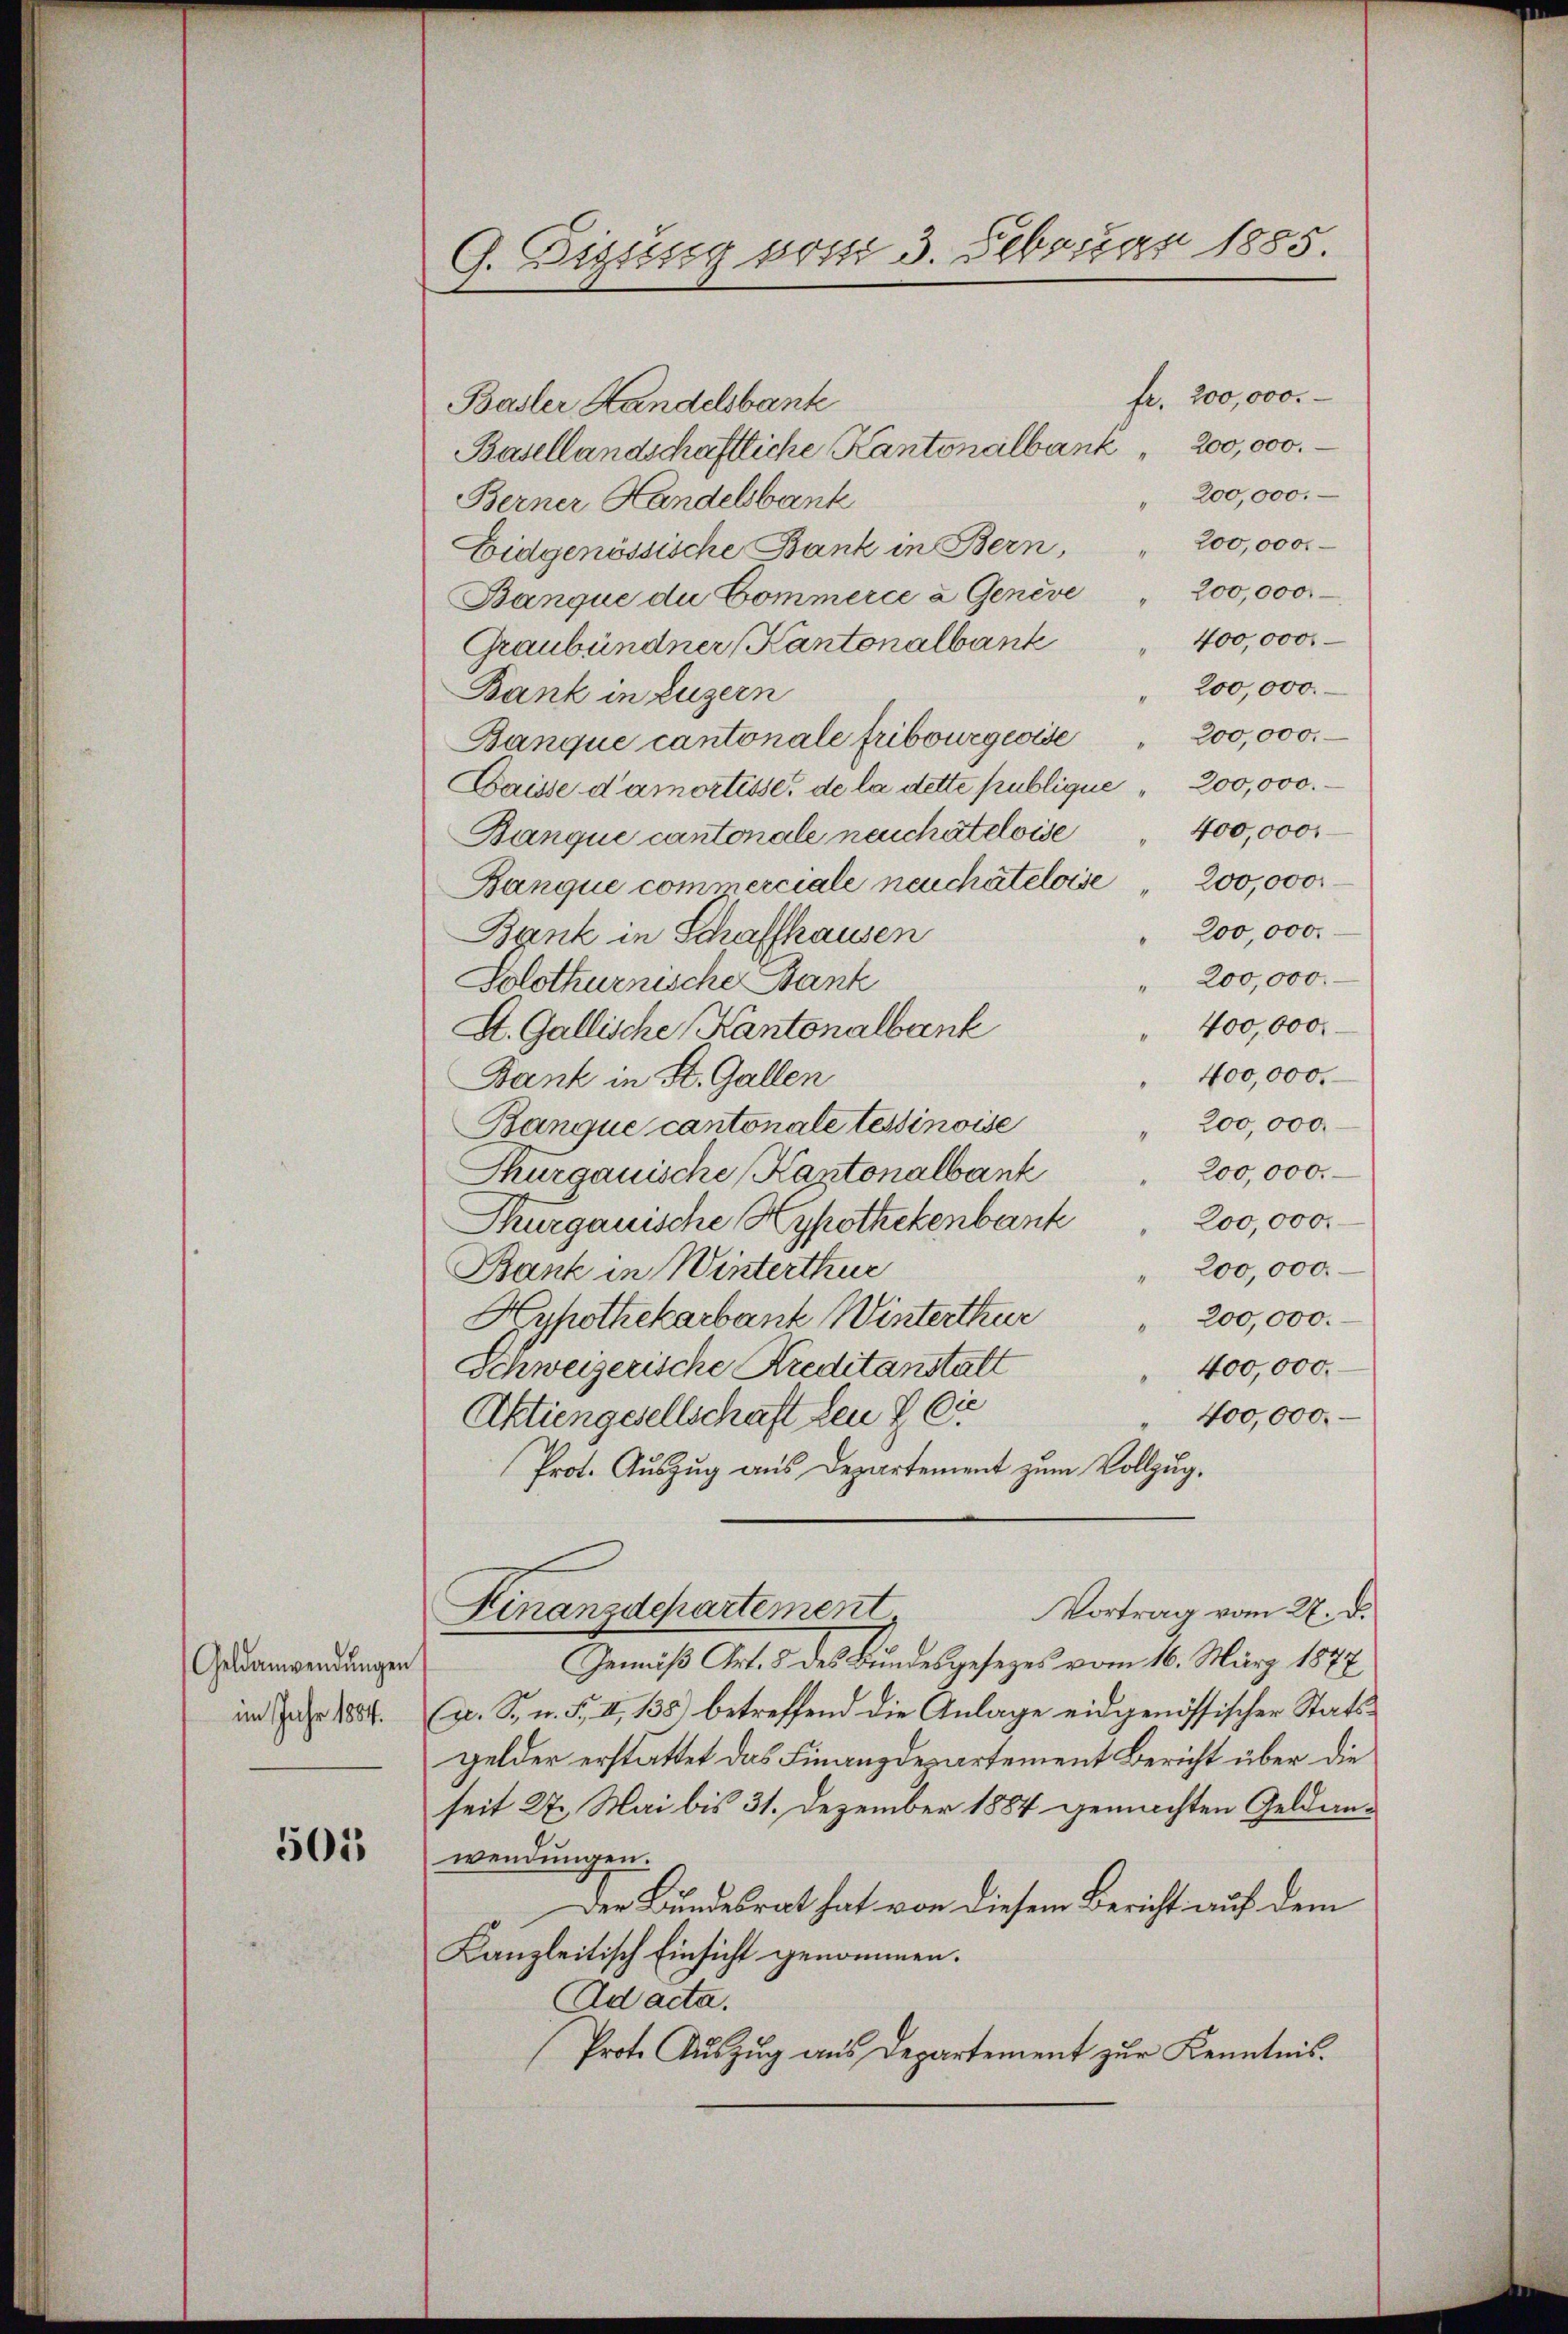
Geldanwendungen
im Jahr 1884.

505

G. Eigung vom 3. Februar 1885.

fr. 200,000.
Basler Handelsbank
Basellandschaftliche Kantonalbank 200,000.
" 200,000.
Berner Handelsbank
200,000.
Eidgenössische Bank in Bern,
Banque du Commerce u Genève " 200,000.
Graubündner Kantonalbank 400,000
" 200,000.
Bank in Luzern
200,000.
Banque cantonale Fribourgeoise
Daisse d’amortisse, de la dette publique " 200,000.
400,000
Banque cantonale neuchâteloise
200,000
Banque commerciale neuchâteloise
4
200,000.
Bank in Schaffhausen
" 200,000.
Solothurnische Bank
400,000.
A. Gallische Kantonalbank
400,000.
Bank in St. Gallen
200,000
Banque cantonale tessinoise
4
Thurgauische Kantonalbank 200,000.
200,000.
Kurgauische Hypothekenbank
" 200,000.
Bank in Winterthur
Hypothekarbank Winterthur
" 200,000.
400,000.
Schweizerische Kreditanstatt
400,000.
Aktiengesellschaft den § 6
Prot. Auszug aus Departement zum Vollzug.
Vortrag vom 27. d.
Finanzdchartement
—
Gemäß Art. 3 des Bundesgesezes vom 16. März 1877
a. S. n. F. II, 138) betreffend die Anlage eidgenössischer Stattgelder erstattet das Finanzdepartement Bericht über die
seit 27. Mai bis 31. Dezember 1884 gemachten Geldanwendungen.
Der Bundesrat hat von diesem Bericht auf dem
Kanzleitisch Einsicht genommen.
Ad acta.
Prote Auszug aus Departement zur Kenntnis.